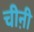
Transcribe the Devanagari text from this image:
चीऩी